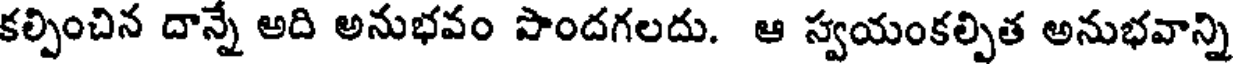
కల్పించిన దాన్నే అది అనుభవం పొందగలదు. ఆ స్వయంకల్పిత అనుభవాన్ని